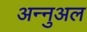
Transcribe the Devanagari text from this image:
अन्नुअल